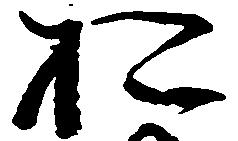
於